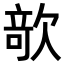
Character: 𣣱